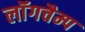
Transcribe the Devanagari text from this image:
लॉंगचैम्प